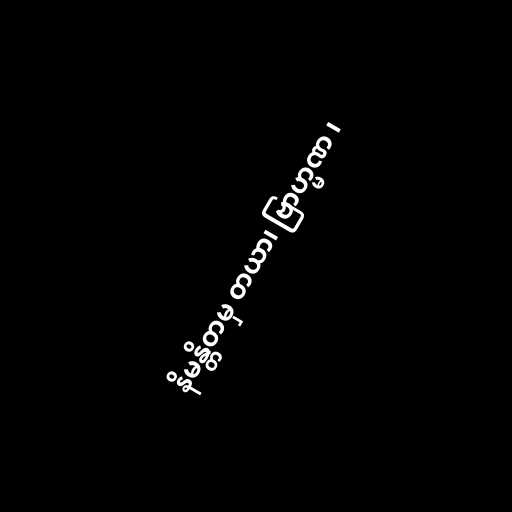
နိမန္တိတမှ တယာ၊ ဗြာဟ္မဏ ၊